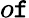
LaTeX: o\mathtt{f}